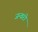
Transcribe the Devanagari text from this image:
जन्वरो